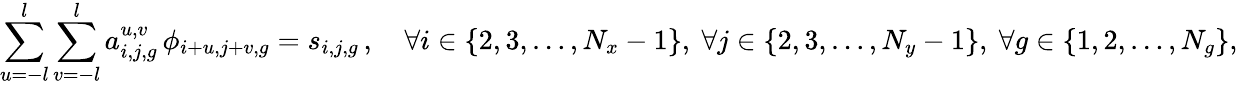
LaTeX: \sum_{u=-l}^{l}\sum_{v=-l}^{l}a_{i,j,g}^{u,v}\, \phi_{i+u,j+v,g}=s_{i,j,g}\, ,\quad\forall i\in\{ 2,3,\ldots,N_{x}-1\} ,\ \forall j\in\{ 2,3,\ldots,N_{y}-1\} ,\ \forall g\in\{ 1,2,\ldots,N_{g}\} ,